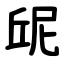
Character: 屔